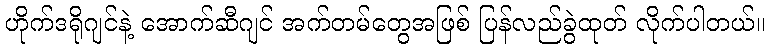
ဟိုက်ဒရိုဂျင်နဲ့ အောက်ဆီဂျင် အက်တမ်တွေအဖြစ် ပြန်လည်ခွဲထုတ် လိုက်ပါတယ်။